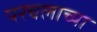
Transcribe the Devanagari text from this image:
परचलाच्या